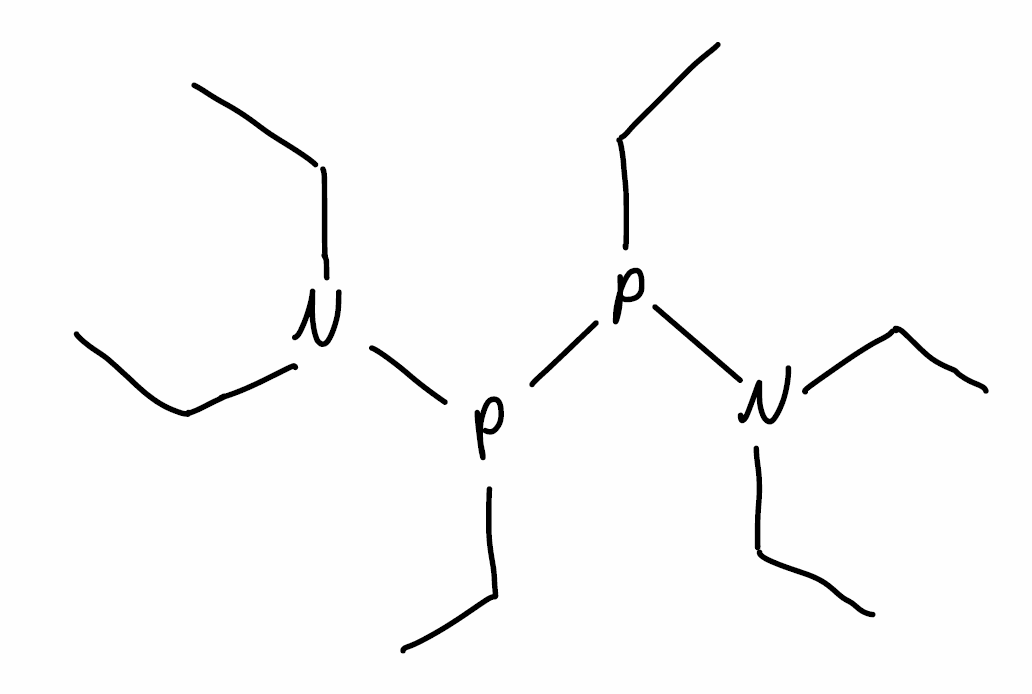
Simplified molecular-input line-entry system (SMILES) notation of the given molecule:
CCN(CC)P(CC)P(CC)N(CC)CC